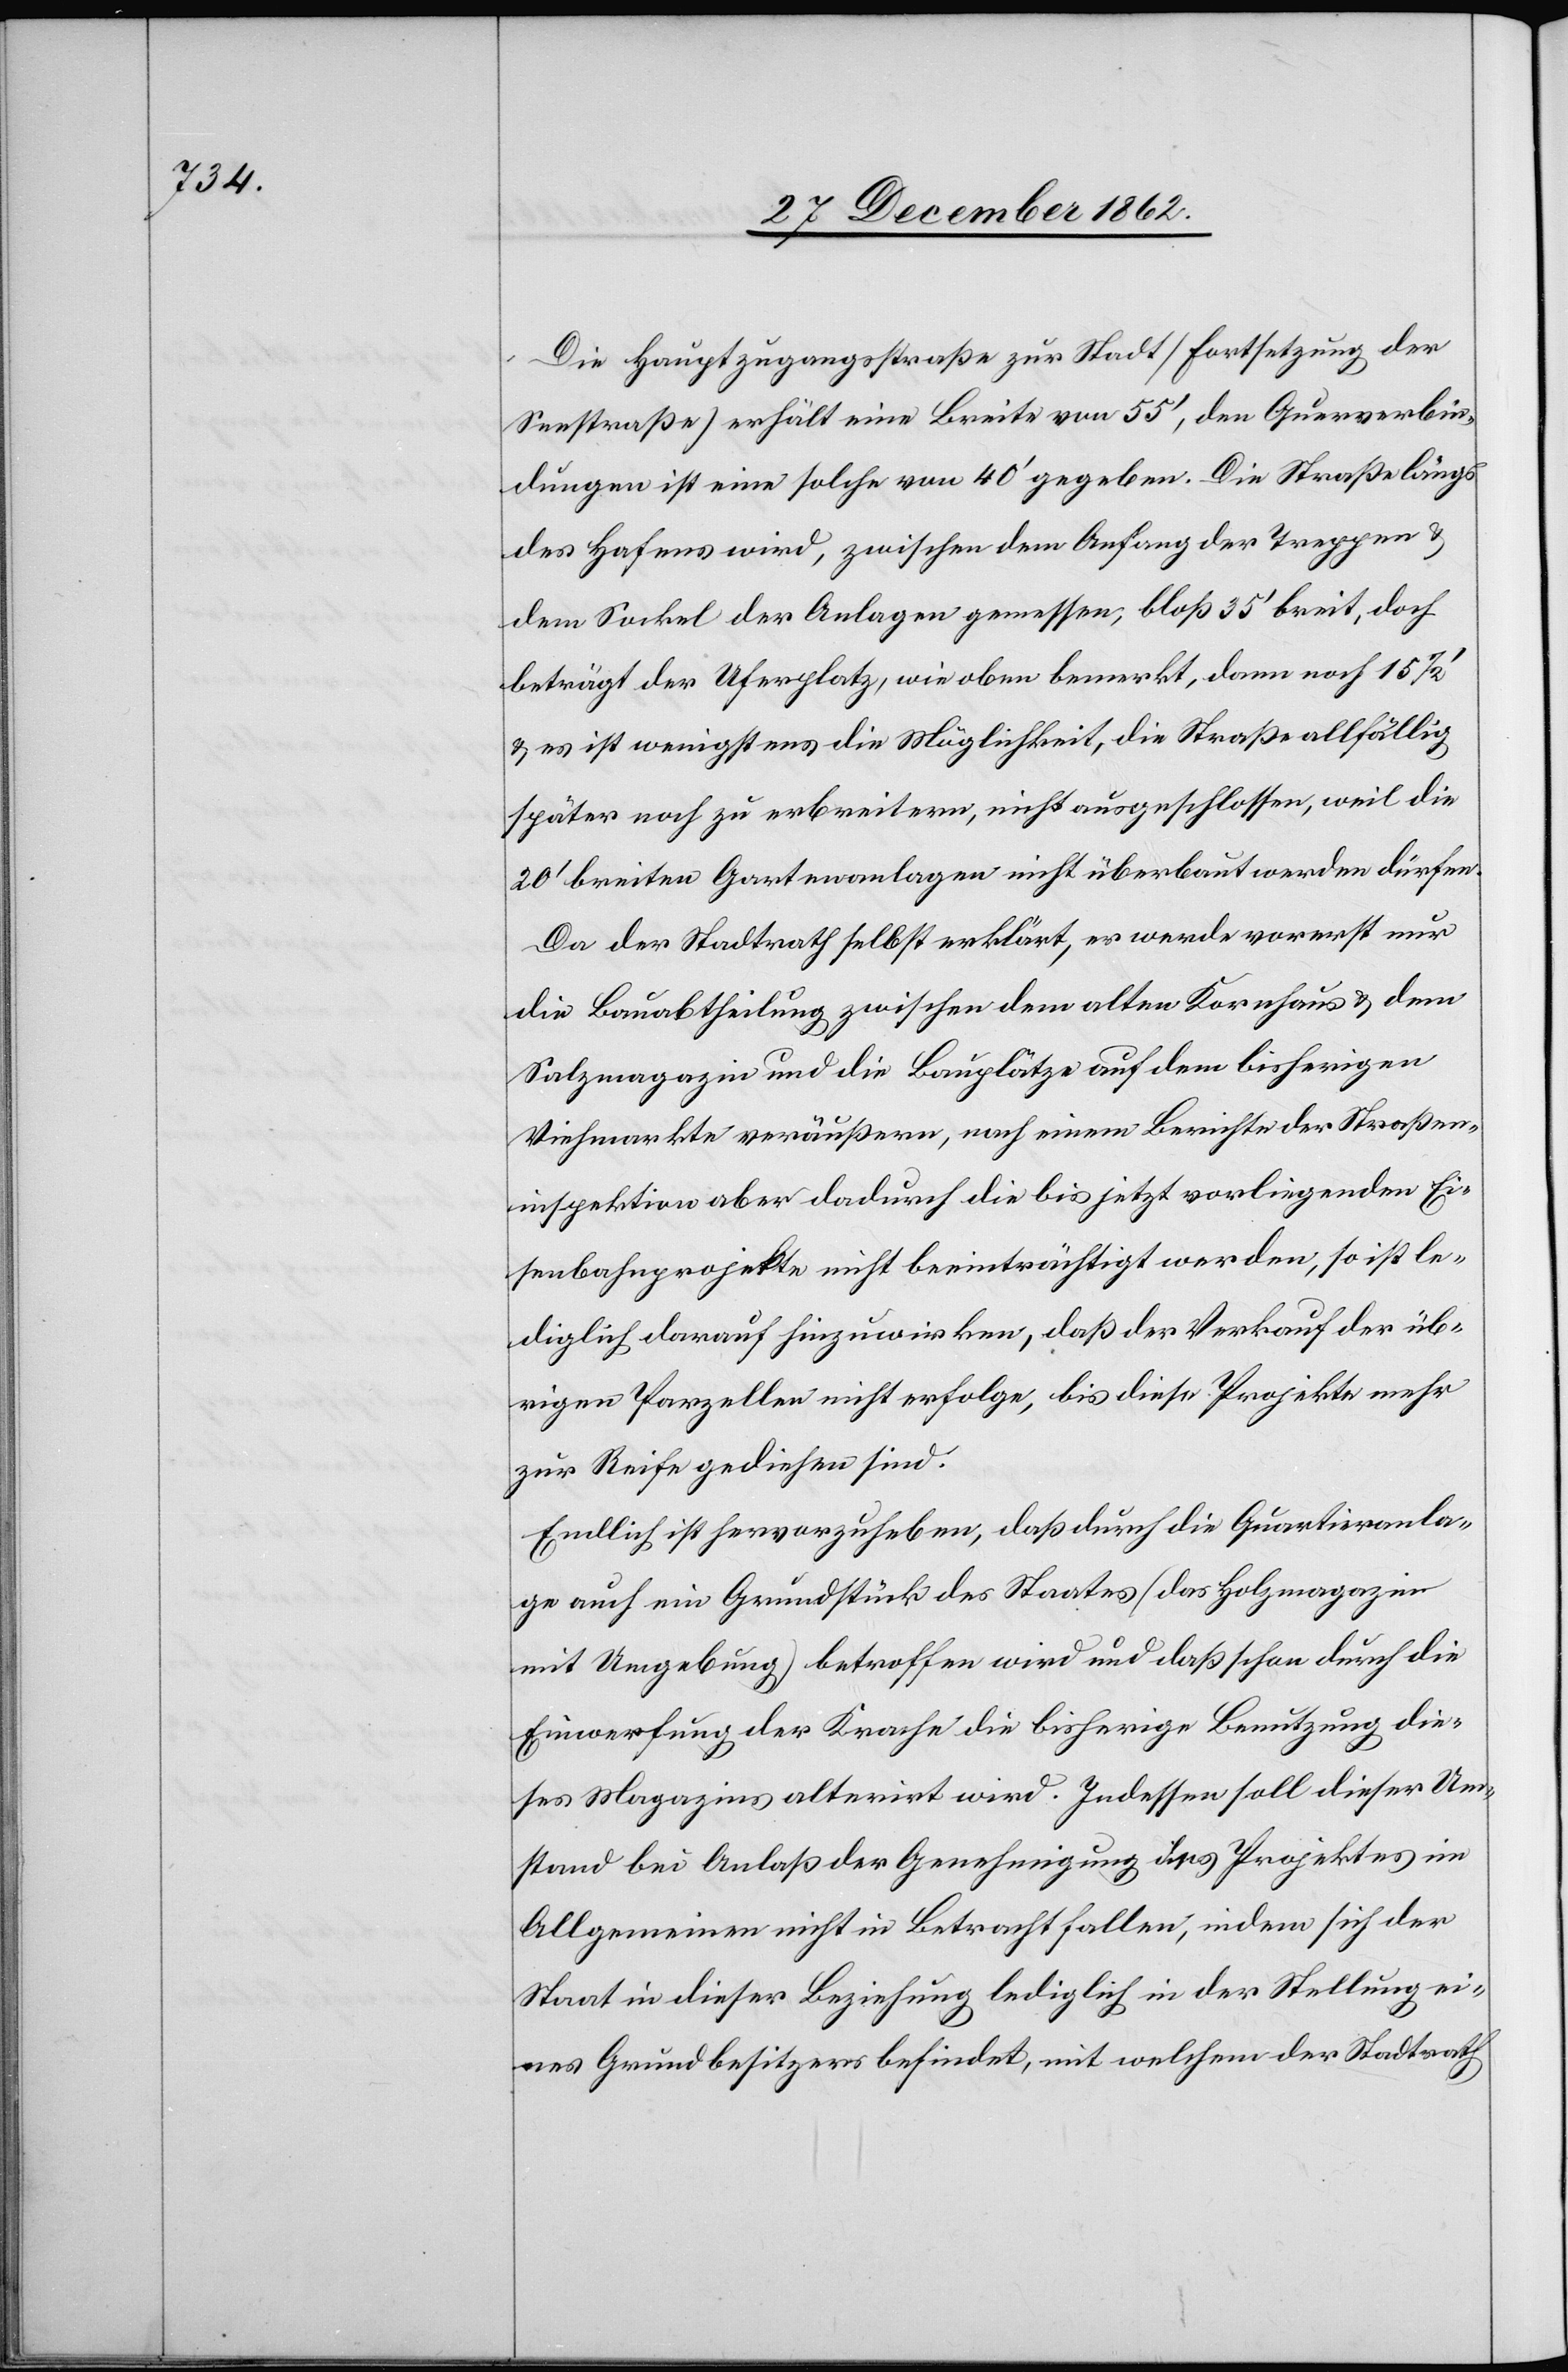
Die Hauptzugangsstraße zur Stadt [Fortsetzung der
Seestraße] erhält eine Breite von 55’, den Querverbin¬
dungen ist eine solche von 40’ gegeben. Die Straße längs
des Hafens wird, zwischen dem Anfang der Treppen u.
dem Sockel der Anlagen gemessen, bloß 35’ breit, doch
beträgt der Uferplatz, wie oben bemerkt, dann noch 15
u. es ist wenigstens die Möglichkeit, die Straße allfällig
später noch zu [v]erbreitern, nicht ausgeschlossen, weil die
20’ breiten Gartenanlagen nicht überbaut werden dürfen.
Da der Stadtrath selbst erklärt, es werde vorerst nur
die Bauabtheilung zwischen dem alten Kornhaus u. dem
Salzmagazin und die Bauplätze auf dem bisherigen
Viehmarkte veräußern, nach einem Berichte der Straßen¬
inspektion aber dadurch die bis jetzt vorliegenden Ei¬
senbahnprojekte nicht beeinträchtigt werden, so ist le¬
diglich darauf hinzuwirken, daß der Verkauf der üb¬
rigen Parzellen nicht erfolge, bis diese Projekte mehr
zur Reife gediehen sind.
Endlich ist hervorzuheben, daß durch die Quartieranla¬
ge auch ein Grundstück des Staates [das Holzmagazin
mit Umgebung] betroffen wird und daß schon durch die
Einwerfung der Krache die bisherige Benutzung die¬
ses Magazines alterirt wird. Indessen soll dieser Um¬
stand bei Anlaß der Genehmigung des Projektes im
Allgemeinen nicht in Betracht fallen, indem sich der
Staat in dieser Beziehung lediglich in der Stellung ei¬
nes Grundbesitzers befindet, mit welchem der Stadtrath